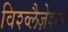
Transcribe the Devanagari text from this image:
विश्व्लैज़ेशन